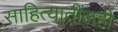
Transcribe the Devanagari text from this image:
साहित्यातीलही